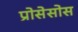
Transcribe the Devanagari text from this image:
प्रोसेसोस